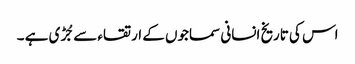
اس کی تاریخ انسانی سماجوں کے ارتقاء سے جُڑی ہے ۔